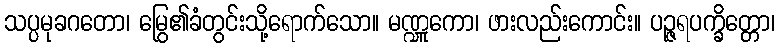
သပ္ပမုခဂတော၊ မြွေ၏ခံတွင်းသို့ရောက်သော။ မဏ္ဍူကော၊ ဖားလည်းကောင်း။ ပဉ္ဇရပက္ခိတ္တော၊